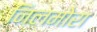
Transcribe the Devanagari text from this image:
निलमोरा